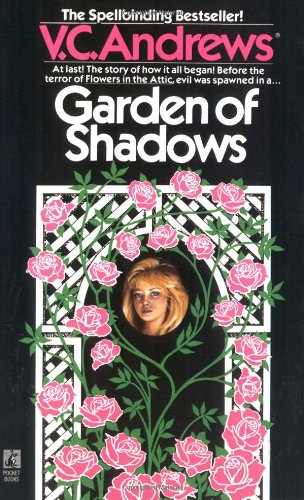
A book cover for Garden of Shadows (Dollanganger); V.C. Andrews; Literature & Fiction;